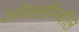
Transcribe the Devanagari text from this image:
ओळखीमधील